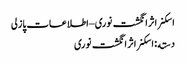
اسکنر اثر انگشت نوری – اطلاعات پازلی
دسته: اسکنر اثر انگشت نوری